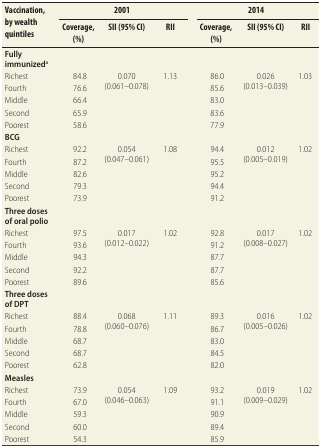
<table><thead><tr><td rowspan="2"><b>Vaccination, by wealth quintiles</b></td><td colspan="3"><b>2001</b></td><td rowspan="2"></td><td colspan="3"><b>2014</b></td></tr><tr><td><b>Coverage,(%)</b></td><td><b>SII (95% CI)</b></td><td><b>RII</b></td><td><b>Coverage,(%)</b></td><td><b>SII (95% CI)</b></td><td><b>RII</b></td></tr></thead><tbody><tr><td><b>Fully immunized<sup>a</sup></b></td><td></td><td></td><td></td><td></td><td></td><td></td><td></td></tr><tr><td>Richest</td><td>84.8</td><td rowspan="5">0.070(0.061–0.078)</td><td rowspan="5">1.13</td><td></td><td>86.0</td><td rowspan="5">0.026(0.013–0.039)</td><td rowspan="5">1.03</td></tr><tr><td>Fourth</td><td>76.6</td><td></td><td>85.6</td></tr><tr><td>Middle</td><td>66.4</td><td></td><td>83.0</td></tr><tr><td>Second</td><td>65.9</td><td></td><td>83.6</td></tr><tr><td>Poorest</td><td>58.6</td><td></td><td>77.9</td></tr><tr><td><b>BCG</b></td><td></td><td></td><td></td><td></td><td></td><td></td><td></td></tr><tr><td>Richest</td><td>92.2</td><td rowspan="5">0.054(0.047–0.061)</td><td rowspan="5">1.08</td><td></td><td>94.4</td><td rowspan="5">0.012(0.005–0.019)</td><td rowspan="5">1.02</td></tr><tr><td>Fourth</td><td>87.2</td><td></td><td>95.5</td></tr><tr><td>Middle</td><td>82.6</td><td></td><td>95.2</td></tr><tr><td>Second</td><td>79.3</td><td></td><td>94.4</td></tr><tr><td>Poorest</td><td>73.9</td><td></td><td>91.2</td></tr><tr><td><b>Three doses of oral polio</b></td><td></td><td></td><td></td><td></td><td></td><td></td><td></td></tr><tr><td>Richest</td><td>97.5</td><td rowspan="5">0.017(0.012–0.022)</td><td rowspan="5">1.02</td><td></td><td>92.8</td><td rowspan="5">0.017(0.008–0.027)</td><td rowspan="5">1.02</td></tr><tr><td>Fourth</td><td>93.6</td><td></td><td>91.2</td></tr><tr><td>Middle</td><td>94.3</td><td></td><td>87.7</td></tr><tr><td>Second</td><td>92.2</td><td></td><td>87.7</td></tr><tr><td>Poorest</td><td>89.6</td><td></td><td>85.6</td></tr><tr><td><b>Three doses of DPT</b></td><td></td><td></td><td></td><td></td><td></td><td></td><td></td></tr><tr><td>Richest</td><td>88.4</td><td rowspan="5">0.068 (0.060–0.076)</td><td rowspan="5">1.11</td><td></td><td>89.3</td><td rowspan="5">0.016(0.005–0.026)</td><td rowspan="5">1.02</td></tr><tr><td>Fourth</td><td>78.8</td><td></td><td>86.7</td></tr><tr><td>Middle</td><td>68.7</td><td></td><td>83.0</td></tr><tr><td>Second</td><td>68.7</td><td></td><td>84.5</td></tr><tr><td>Poorest</td><td>62.8</td><td></td><td>82.0</td></tr><tr><td><b>Measles</b></td><td></td><td></td><td></td><td></td><td></td><td></td><td></td></tr><tr><td>Richest</td><td>73.9</td><td rowspan="5">0.054(0.046–0.063)</td><td rowspan="5">1.09</td><td></td><td>93.2</td><td rowspan="5">0.019(0.009–0.029)</td><td rowspan="5">1.02</td></tr><tr><td>Fourth</td><td>67.0</td><td></td><td>91.1</td></tr><tr><td>Middle</td><td>59.3</td><td></td><td>90.9</td></tr><tr><td>Second</td><td>60.0</td><td></td><td>89.4</td></tr><tr><td>Poorest</td><td>54.3</td><td></td><td>85.9</td></tr></tbody></table>